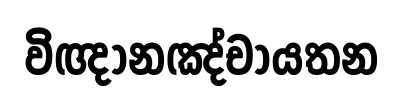
විඥානඤ්චායතන